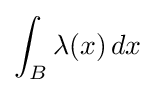
\int _{B}\lambda (x)\,dx